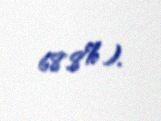
68.8%).